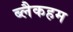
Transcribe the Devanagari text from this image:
ब्लैकहम